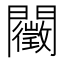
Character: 𨷣